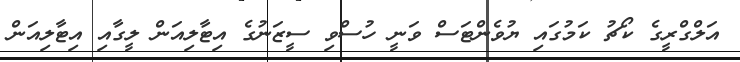
އަލްގްރީގެ ކޯޗު ކަމުގައި ޔުވެންޓަސް ވަނީ ހުސްވި ސީޒަނުގެ އިޓާލިއަން ލީގާއި އިޓާލިއަން